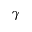
\gamma